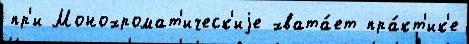
пр'и Монохромат'ическ'иjе хвата́ет пра́кт'ик'е